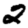
Digit: 2